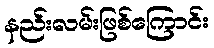
နည်းလမ်းဖြစ်ကြောင်း